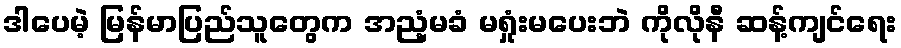
ဒါပေမဲ့ မြန်မာပြည်သူတွေက အညံ့မခံ မရှုံးမပေးဘဲ ကိုလိုနီ ဆန့်ကျင်ရေး